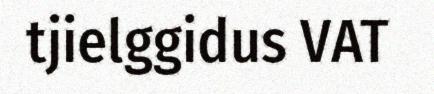
tjielggidus VAT